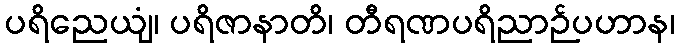
ပရိညေယျံ၊ ပရိဇာနာတိ၊ တီရဏပရိညာဉ်ပဟာန၊